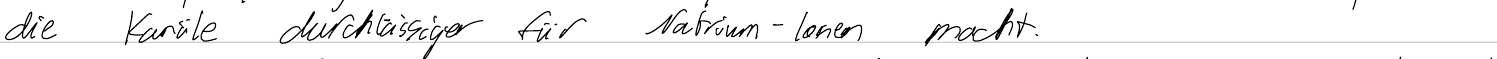
die Kanäle durchlässiger für Natrium-Ionen macht.